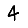
Digit: 4